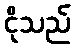
ငိုသည်